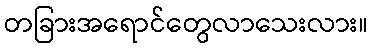
တခြားအရောင်တွေလာသေးလား။